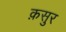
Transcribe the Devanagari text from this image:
क़सुर